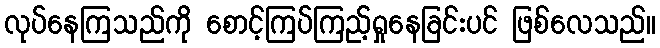
လုပ်နေကြသည်ကို စောင့်ကြပ်ကြည့်ရှုနေခြင်းပင် ဖြစ်လေသည်။